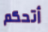
أتحكم